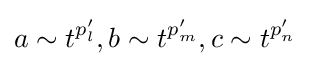
a\sim t^{p'_{l}},b\sim t^{p'_{m}},c\sim t^{p'_{n}}